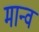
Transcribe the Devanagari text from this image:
मान्व